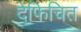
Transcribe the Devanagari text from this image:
देफिचित